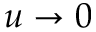
u \rightarrow 0